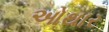
ઓથાર